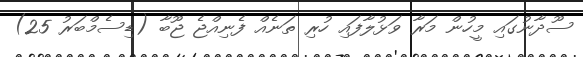
ސޫދާނުގައި މީހުން މަރާ ވަޅުލާފައި ހުރި ތަނެއް ފެނިއްޖެ ޖޫބާ (ޑިސެމްބަރު 25)